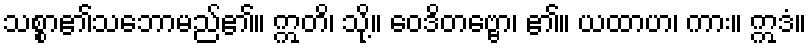
သစ္စာ၏သဘောမည်၏။ ဣတိ၊ သို့။ ဝေဒိတဗ္ဗော၊ ၏။ ယထာဟ၊ ကား။ ဣဒံ။